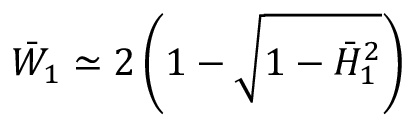
\bar { W } _ { 1 } \simeq 2 \left( 1 - \sqrt { 1 - \bar { H } _ { 1 } ^ { 2 } } \right)